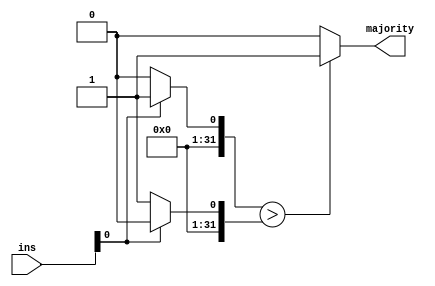
/* ***************************************************************\
| Name of program : MajorityDetector
| Author : Charles Heckel
| Date Created : 6/04/2018
| Date last updated : 6/04/2018
| Function : determines if an input contains more 1's or 0's in its
|		binary representation
| Method : uses a for loop to iterate through the binary form
| Inputs : ins			- "inputs", number of a predetermined size to
|		search through
| Output : majority	- single bit flag holding the majority
| Additional Comments : (Extras)
\*****************************************************************/

module MajorityDetector(ins, majority);
  parameter numIns = 8; // 'n' is an arbitrary value and should be assigned before compile time
  input [numIns-1:0] ins;
  output majority;
  integer i, zeros, ones; // counters


  // Implementation
  always@(ins)
  begin
    // initialize counters
    i = 0;
    zeros = 0;
    ones = 0;

    // start logic
    if(ins[i] == 1'b0)
    begin
      zeros = zeros + 1;
    end // if
    else if(ins[i] == 1'b1)
    begin
      ones = ones + 1;
    end // else if
  end // always

  // return majority
  assign majority = ((ones > zeros) ? 1'b1 : 1'b0); // zero takes majority in a tie

endmodule